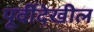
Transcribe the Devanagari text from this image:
पूर्वीदेखील